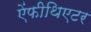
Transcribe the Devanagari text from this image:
ऐंफीथिएटर